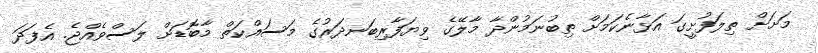
މަށަށް ތިލަފުށީގަ އަޅާނެކަމަށް ތިބުނަމުންދާ މާލޭގެ ވިޔަފާރިބަނދަރުގެ މަސައްކަތް މާބޮޑަށް ލަސްވެއްޖެ. އެފަދަ